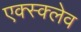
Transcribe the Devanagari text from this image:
एक्स्क्लेव